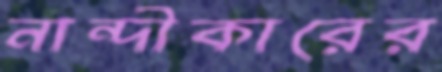
নান্দীকারের